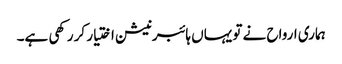
ہماری ارواح نے تو یہاں ہائبرنیشن اختیار کر رکھی ہے۔